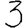
Digit: 3